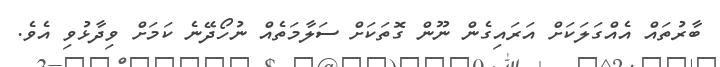
ބާރުތައް އެއްގަލަކަށް އަރައިގެން ނޫން ގޮތަކަށް ސަލާމަތެއް ނުހޯދޭނެ ކަމަށް ވިދާޅުވި އެވެ.